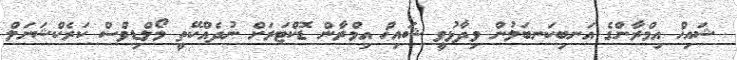
ޝައިޚް އިމްރާންގެ އަނބިކަނބަލުން ވިދާޅުވީ ޝައިޚް އިމްރާން ޑޮކްޓަރަށް ނުދެއްކޭތީ މޯލްޑިވްސް ކަރެކްޝަނަލް